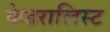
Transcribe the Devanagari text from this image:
फेडरालिस्ट